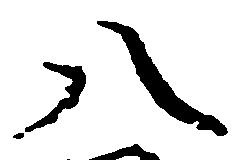
八